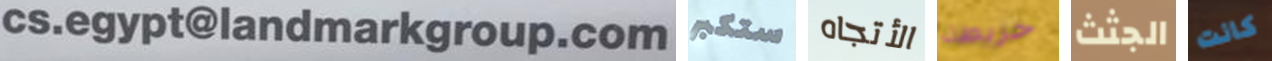
cs.egypt@landmarkgroup.com ستكبر الأتجاه خريطة الجثث كانت